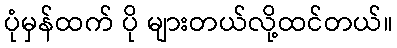
ပုံမှန်ထက် ပို များတယ်လို့ထင်တယ်။